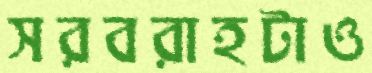
সরবরাহটাও